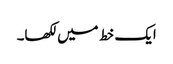
ایک خط میں لکھا۔